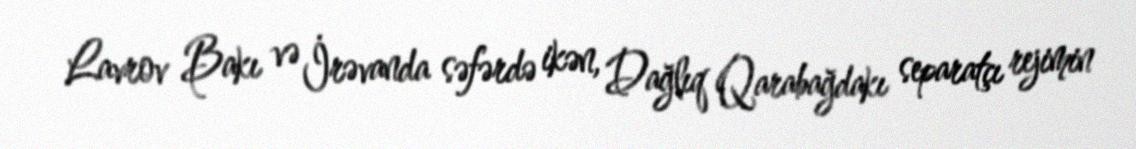
Lavrov Bakı və İrəvanda səfərdə ikən, Dağlıq Qarabağdakı separatçı rejimin